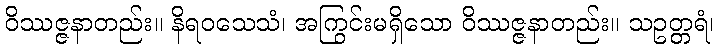
ဝိဿဇ္ဇနာတည်း။ နိရဝသေသံ၊ အကြွင်းမရှိသော ဝိဿဇ္ဇနာတည်း။ သဥတ္တရံ၊